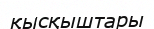
қысқыштары